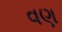
વણ